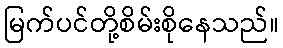
မြက်ပင်တို့စိမ်းစိုနေသည်။